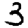
Digit: 3